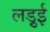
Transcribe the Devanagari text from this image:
लड़ुई